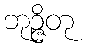
ဘုဉ္ဇိတု